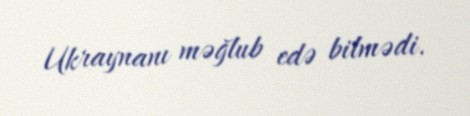
Ukraynanı məğlub edə bilmədi.